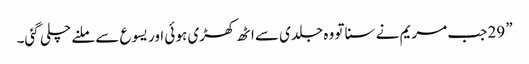
” 29 جب مریم نے سنا تو وہ جلدی سے اٹھ کھڑی ہو ئی اور یسوع سے ملنے چلی گئی۔